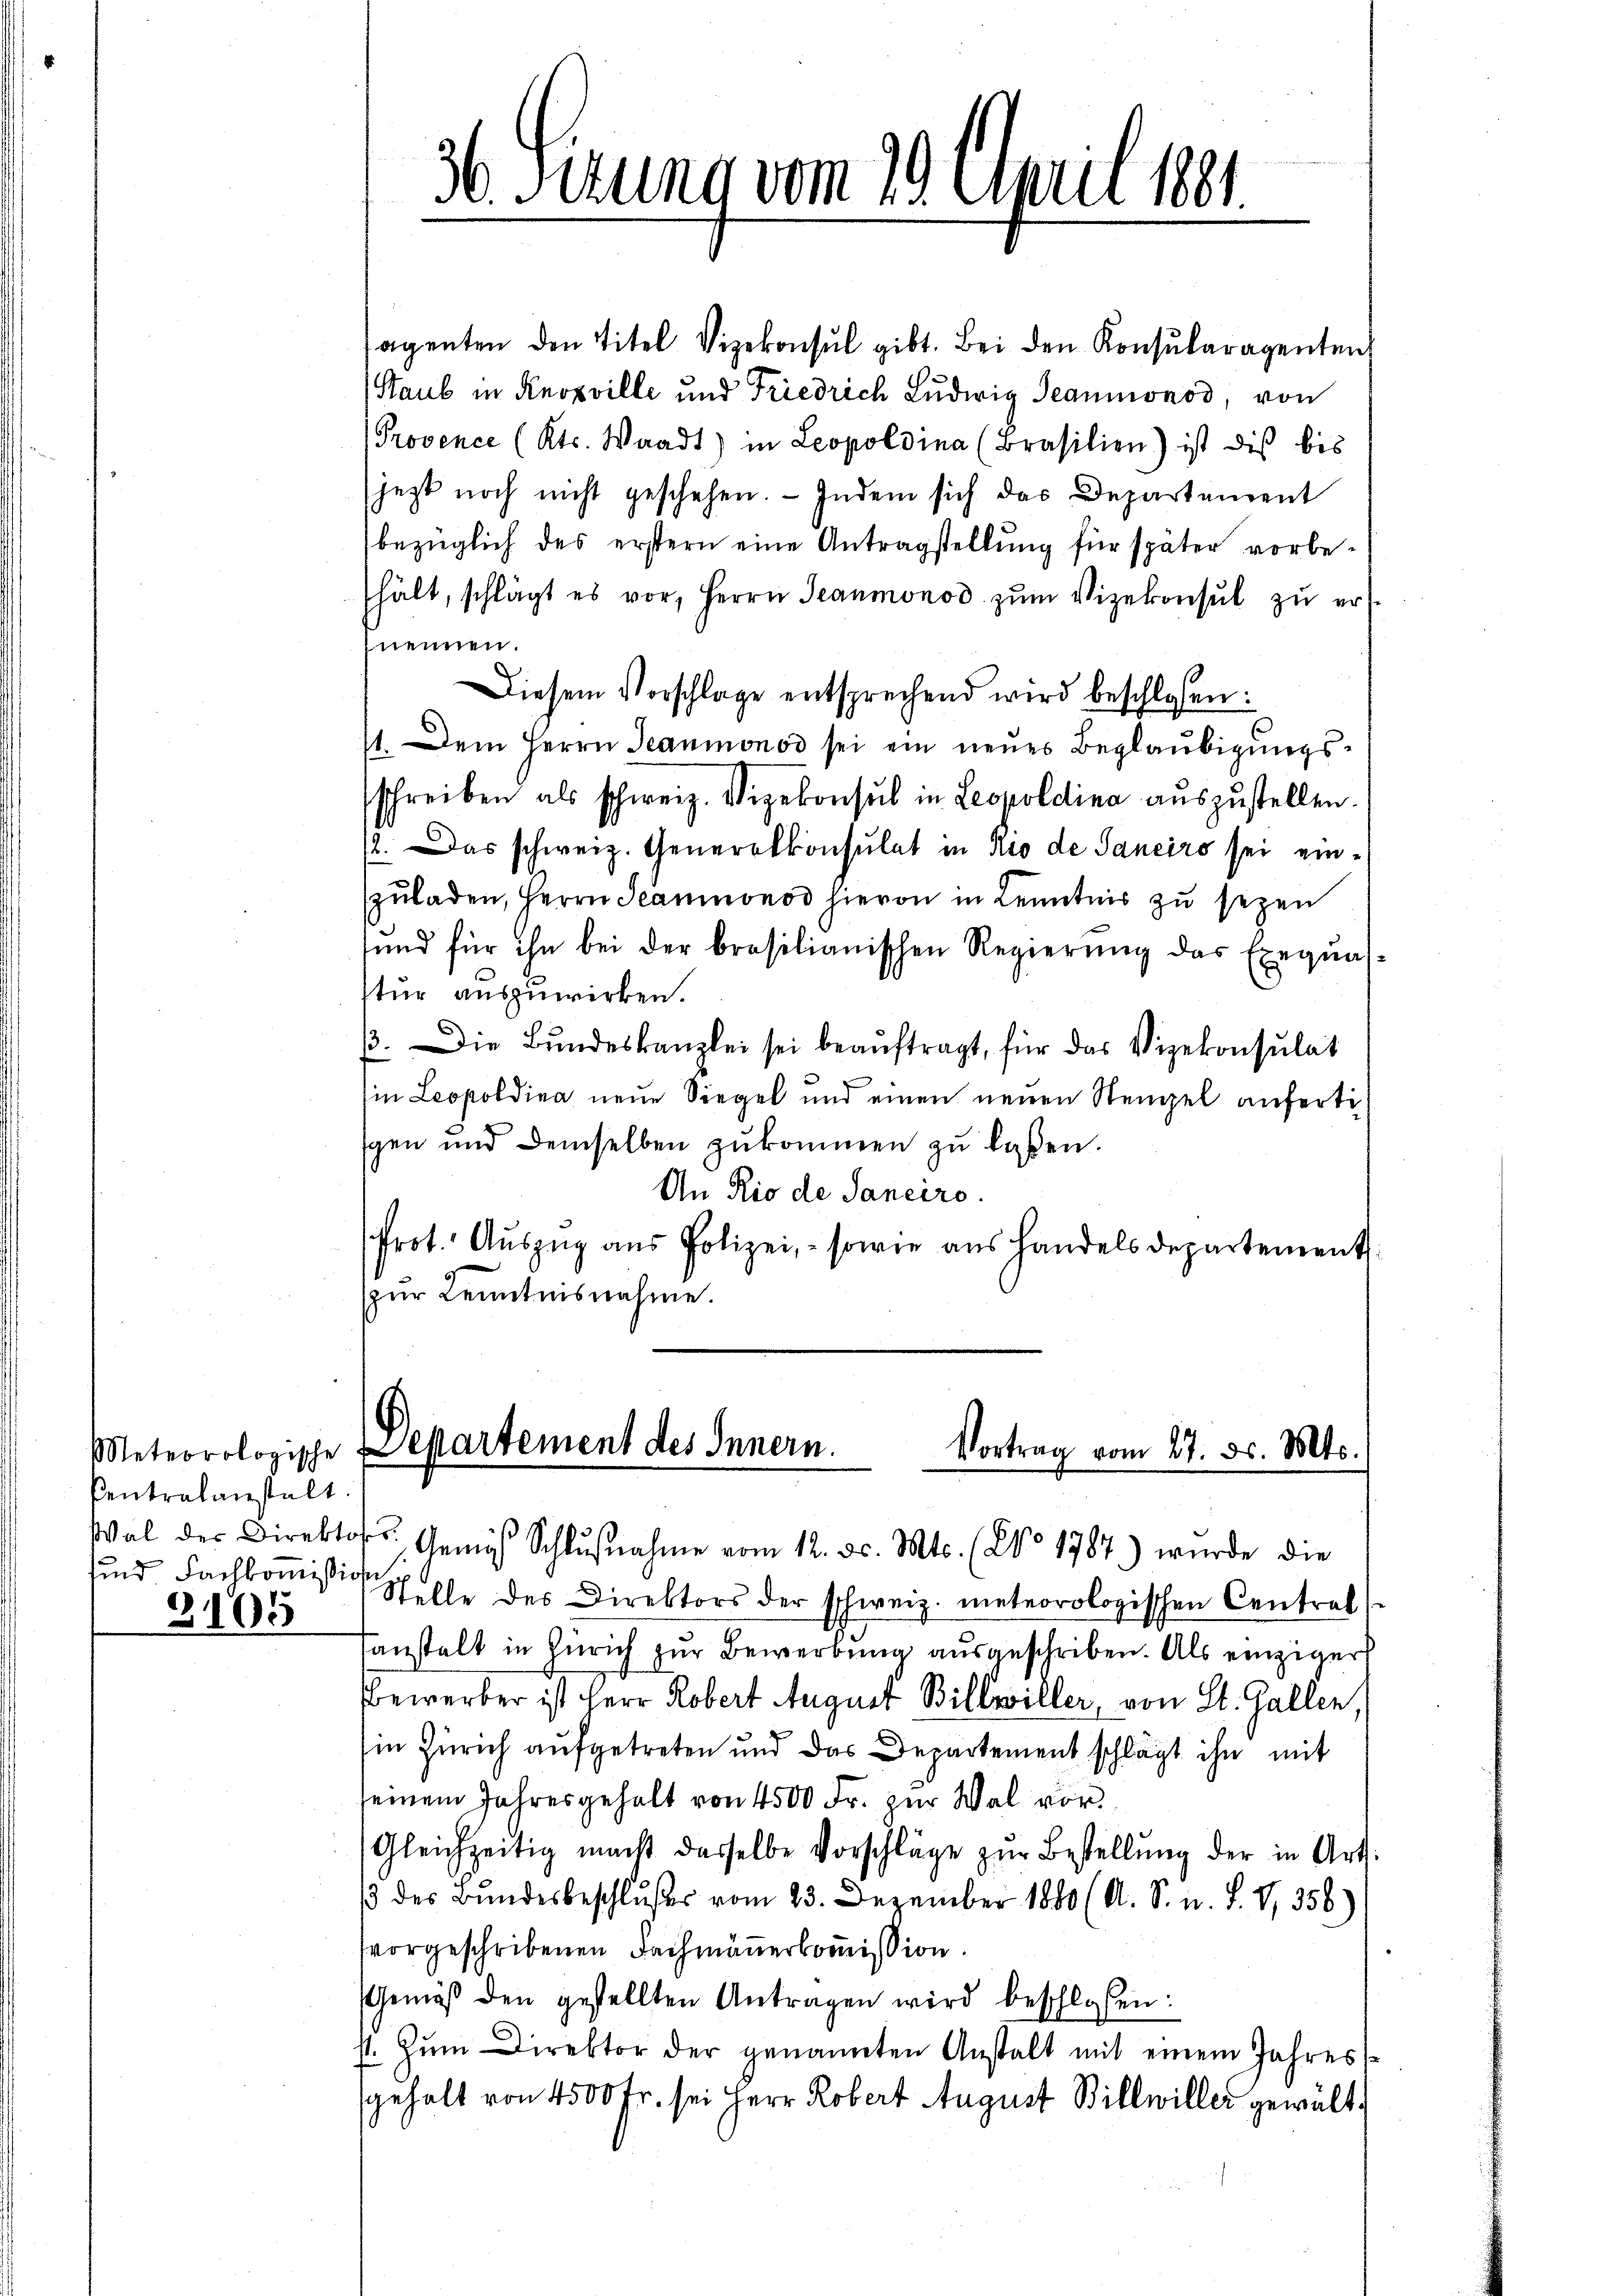
Centralanstalt
sind Fachkommission

3105

sagenten den Titel Vizekonsul gibt. Bei den Konsularagenten
Staub in Knopville und Friedrich Ludwig Beaumonod, von
Provence (Kts. Waadt) in Leopoldina (Brasilien) ist dis bis
jezt noch nicht geschehen. Indem sich das Departement
bezüglich des erstern eine Antragstellung für später vorbehält, schlägt es vor, Herrn Teaumonod zum Vizekonsul zu ernennen.
Diesem Vorschlage entsprechend wird beschlossen:
11. Dem Herrn Teaumonod sei ein neues Beglaubigungsschreiben als schweiz. Vizekonsul in Leopoldina auszustellen.
/2. Das schweiz. Generalkonsulat in Rio de Janeiro sei einzuladen, Herrn Seaumonod hievon in Kenntnis zu sezen
fŭnd für ihn bei der brasilianischen Regierŭng das Exeqŭas-
stur auszuwirken.
3. Die Bundeskanzlei sei beauftragt, für das Vizekonsulat
in Leopoldina neue Siegel und einen neuen Stengel anfertigen und demselben zŭkommen zu laßen.
An Rio de Sanciro.
Prot. Auszug aus Polizei, - sowie aus handels departement
(zur Kenntnisnahme.

36 Sirung vom 29. April 1881.

Meteorologische Departement des Innern.
Vortrag vom 27. ds. Mts.
Wal der Direktors. Genes Schlŭβnahme vom 12. d. Mts. (No 1787.) wurde die

Stelle des Direktors der schweiz. meteorologischen Centrat
Tanstalt in Zürich zur Bewerbung ausgeschriben. Als einziger
Bewerber ist Herr Robert August Billwiller, von St. Gallen,
Ein Zürich aufgetreten und das Departement schlägt ihn mit
seinem Jahresgehalt von 4500 Fr. zur Wal vor¬
Gleichzeitig macht dasselbe Vorschläge zŭr Bestellŭng der in Art.
β des Bundesbeschlußes vom 23. Dezember 1880 (O. S. n. F. V. 358)
vorgeschribenen Fachmäṅerkoṁission.
Gemäβ den gestellten Antragen wird beschlossen:
st. Zum Direktor der genannten Anstalt mit einem Jahres
gehalt von 4500 Fr. sei Herr Robert August Billwiller gewält